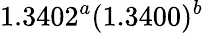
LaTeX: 1.3402^{a}(1.3400)^{b}